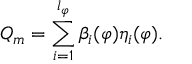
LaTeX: Q _ { m } = \sum _ { i = 1 } ^ { l _ { \varphi } } \beta _ { i } ( \varphi ) \eta _ { i } ( \varphi ) .